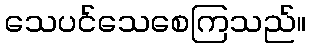
သေပင်သေစေကြသည်။